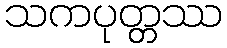
သကပုတ္တဿ